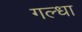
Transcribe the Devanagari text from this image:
गल्धा